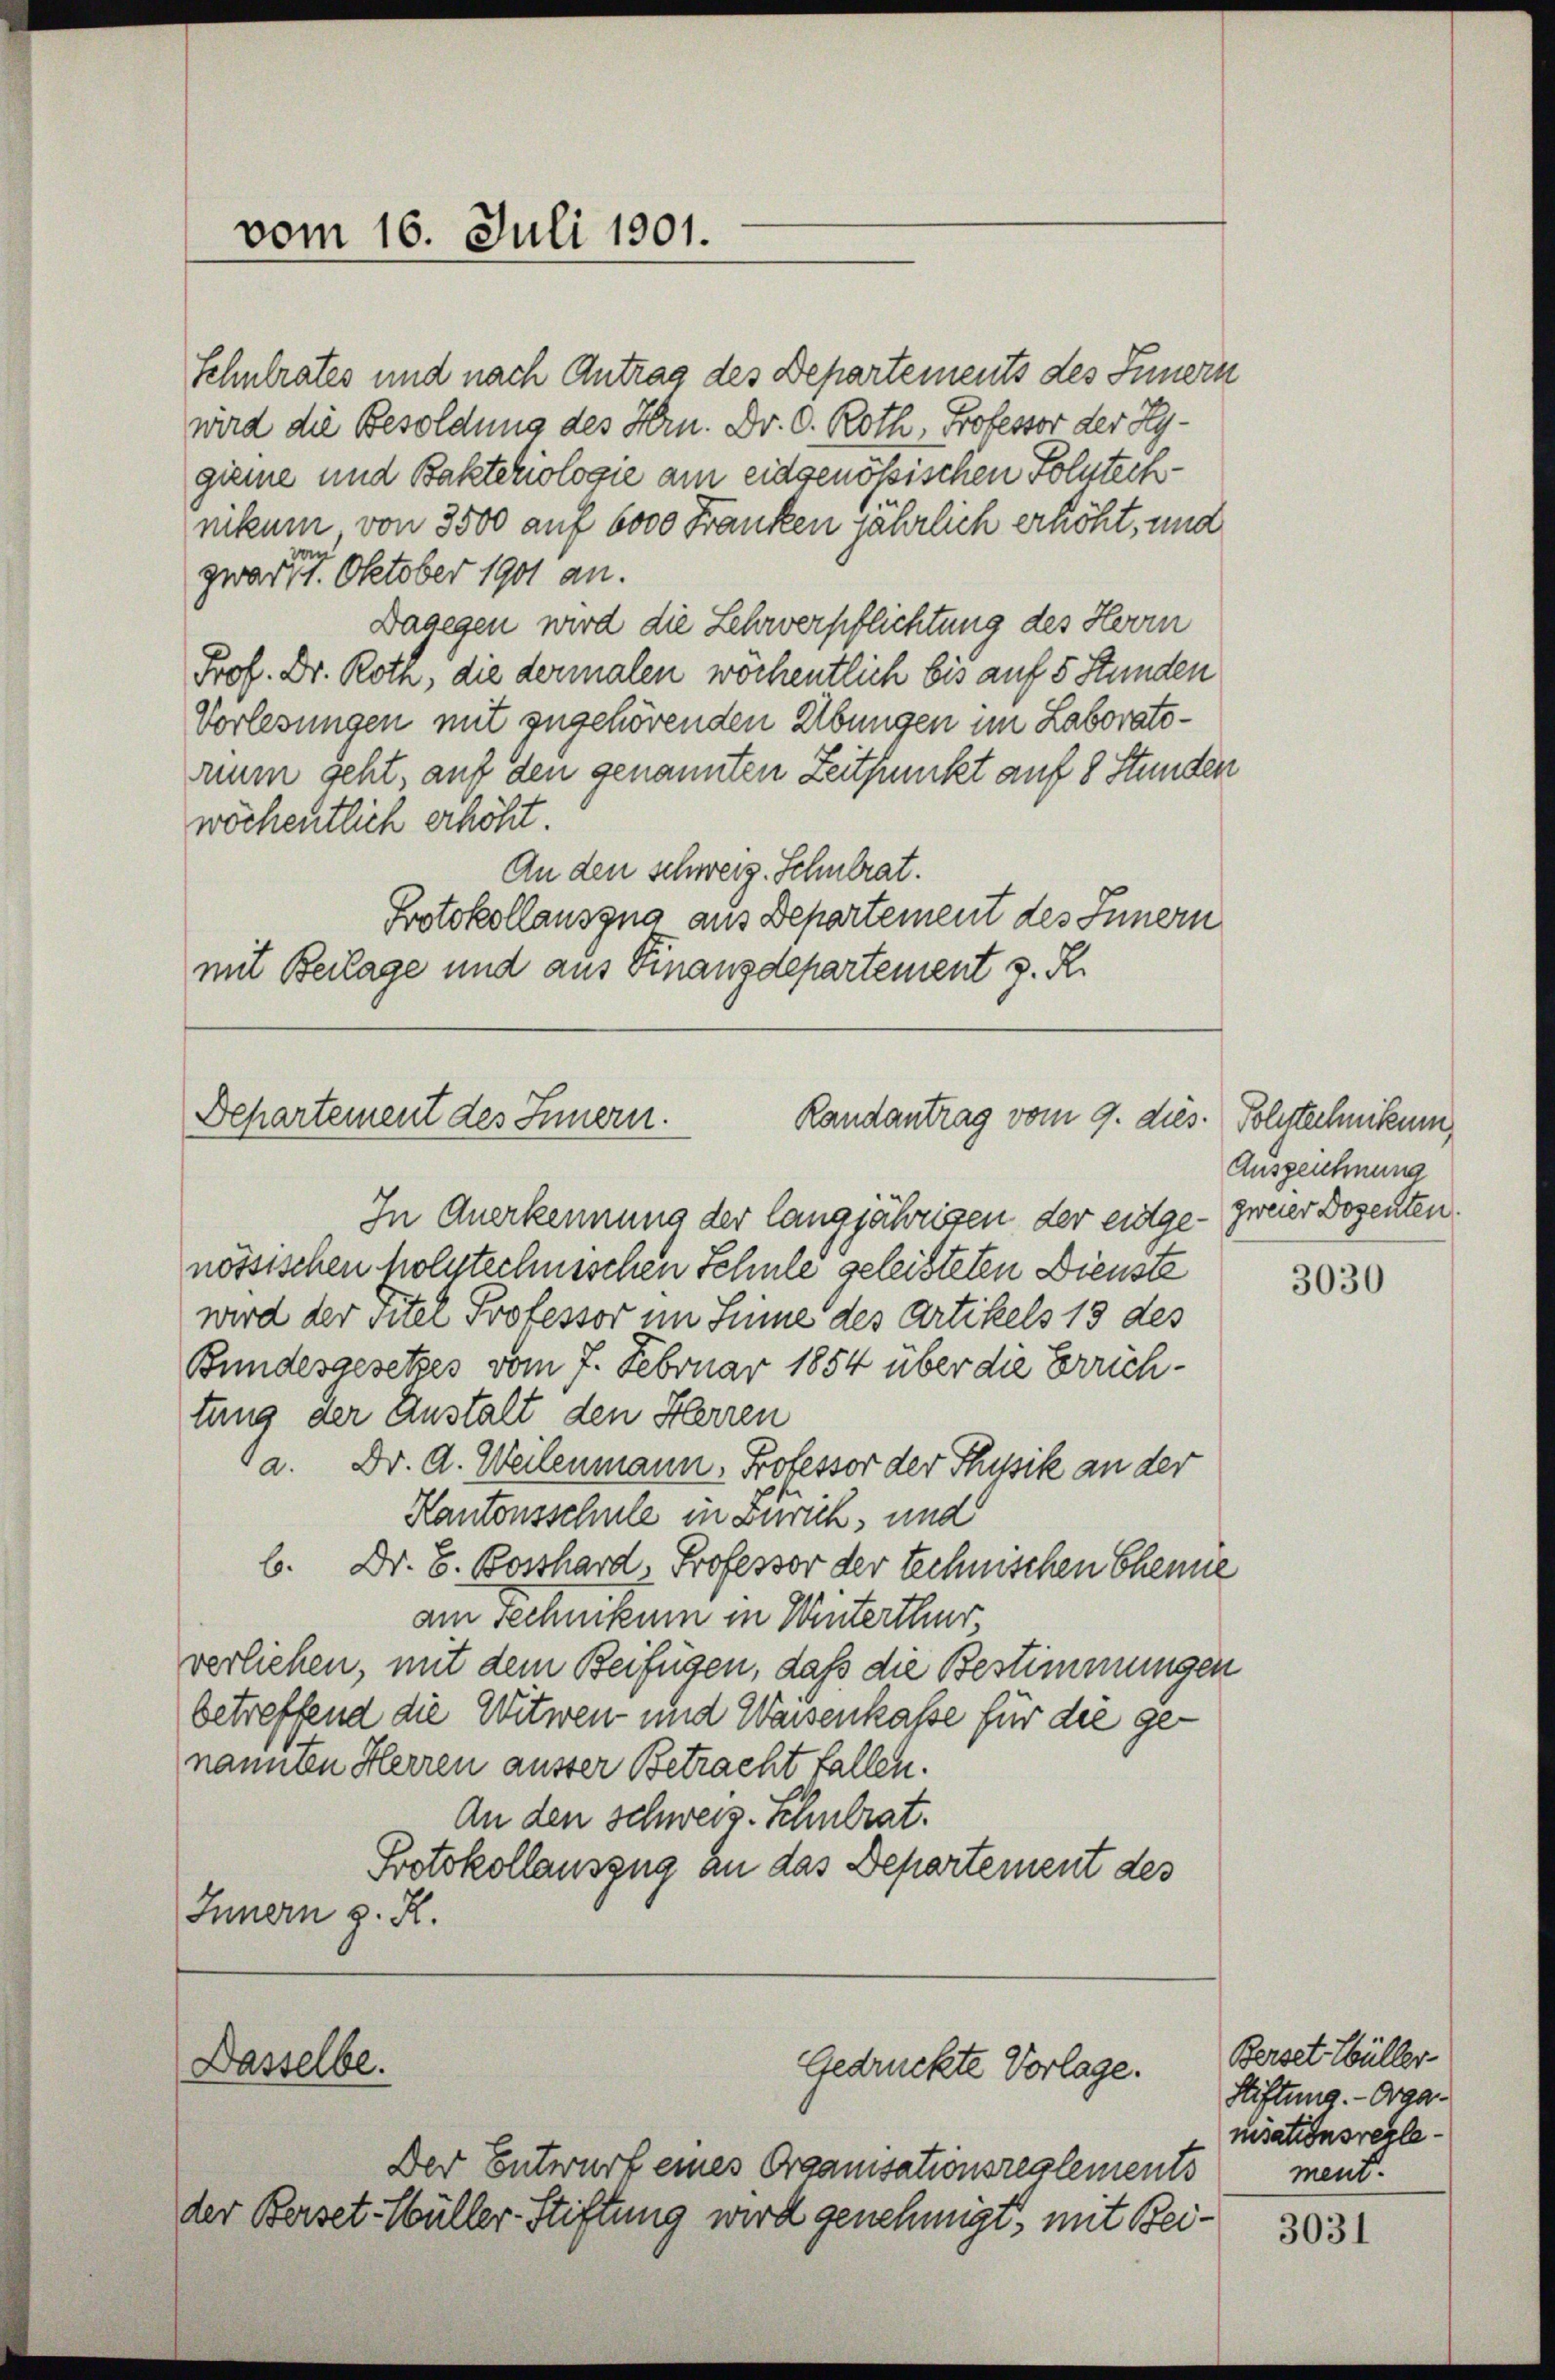
vom 16. Juli 1901.

Behartement des Innern.
Randantrag vom 9. dies. Polytechnikum,

Dasselbe.

Schulrates und nach Antrag des Departements des Innern
wird die Besoldung des Hrn. Dr. O. Roth, Professor der Hygieme und Bakteriologie am eidgenößischen Folutechnikum von 3500 auf 6000 Franken jährlich erhöht, und
an
zwar 11. Oktober 1901 an.
Dagegen wird die Lehrverpflichtung des Herrn
Prof. Dr. Roth, die dermalen wöchentlich bis auf 5 Stunden
Vorlesungen mit zugehörenden Übungen im Laboratorium geht, auf den genannten Zeitpunkt auf 8 Stunden
wöchentlich erhöht.
An den Schwerz. Schulrat.
Protokollausgna aus Departement des Innern
mit Beilage und aus Finanzdepartement z. R.

Gedrückte Vorlage.

Der Entwurf eines Organisationsreglements
der Berset-Wüller-Stiftung wird genehmigt, mit Bei¬

Auszeichnung

In Anerkennung der langjährigen der entge- zweier Dozenten
nössischen holytechnischen Schnee geleisteten Dienste
wird der Titel Professor im Sinne des Artikels 13 des
Bundesgesetzes vom 7. Februar 1854 über die Errichtung der Anstalt den Herren
da. Dr. A. Weilenmann, Professor der Physik an der
Kantonsschule in Zürich, und
b. Dr. G. Bosshard, Professor der technischen Chenne
am sechnikum in Winterthur,
verliehen, mit dem Beifügen, daß die Bestimmungen
betreffend die Witwen und Waisenkasse für die genannten Herren ausser Betracht fallen.
An den Schweiz. Schulrat.
Protokollauszug an das Departement des
Innern z. R.

3030

Berset Müller
Stiftung. - Organisationsreglement.

3031